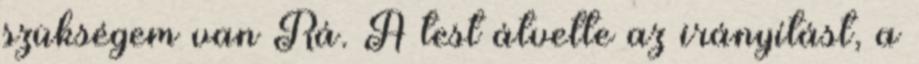
szükségem van Rá. A test átvette az irányítást, a